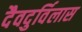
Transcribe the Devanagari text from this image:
दैवदुर्विलास